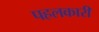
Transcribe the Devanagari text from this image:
पहलकारी